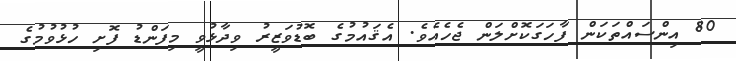
80 އިންސައްތަކަން ފާހަގަކޮށްލަން ޖެހެއެވެ. އެޤައުމުގެ ބޮޑުވަޒީރު ވިދާޅުވީ މިފަންޑު ފޮށި ހުޅުވުމުގެ